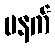
မနက်